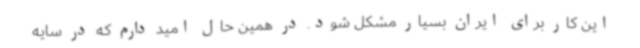
این کار برای ایران بسیار مشکل شود. در همین حال امید دارم که در سایه